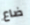
ضاع